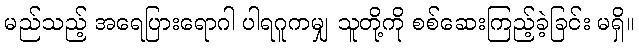
မည်သည့် အရေပြားရောဂါ ပါရဂူကမျှ သူတို့ကို စစ်ဆေးကြည့်ခဲ့ခြင်း မရှိ။